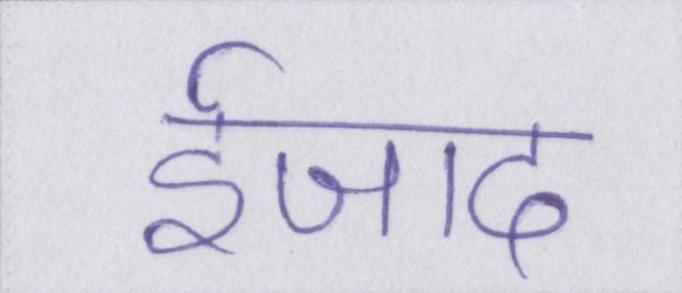
ईजाद